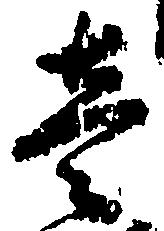
壱